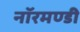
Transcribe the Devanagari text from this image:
नॉरमण्डी